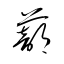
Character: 蔀